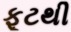
ફૂટથી